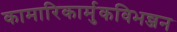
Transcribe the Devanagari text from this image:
कामारिकार्मुकविभन्जन